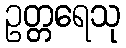
ဥတ္တရေသု